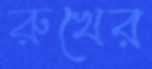
রুখের